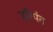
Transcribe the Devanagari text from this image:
हरिपंत